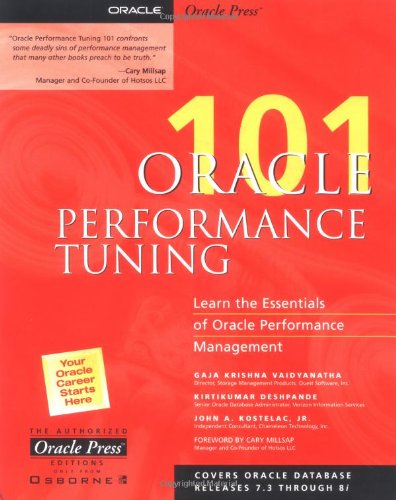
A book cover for Oracle Performance Tuning 101; Gaja Krishna Vaidyanatha; Computers & Technology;